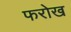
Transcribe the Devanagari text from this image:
फरोख